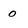
Character: 0